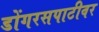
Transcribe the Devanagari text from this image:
डोंगरसपाटीवर